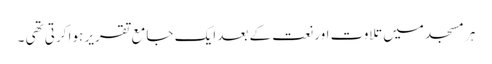
ہر مسجد میں تلاوت اور نعت کے بعد ایک جامع تقریر ہوا کرتی تھی ۔